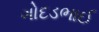
ગોદડભાઈ